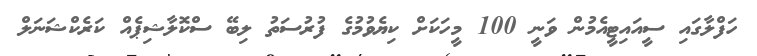
ހަފްލާގައި ސީއައިޓީއެމުން ވަނީ 100 މީހަކަށް ކިޔެވުމުގެ ފުރުސަތު ލިބޭ ސްކޮލާޝިޕެއް ކަރެކްޝަނަލް